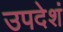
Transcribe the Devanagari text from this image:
उपदेशं